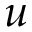
\boldsymbol { u }